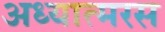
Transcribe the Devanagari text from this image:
अध्यात्मरस